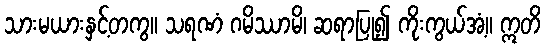
သားမယားနှင့်တကွ။ သရဏံ ဂမိဿာမိ၊ ဆရာပြု၍ ကိုးကွယ်အံ့။ ဣတိ